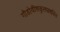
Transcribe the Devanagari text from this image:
गौडोवींशकुलप्रशस्ति